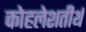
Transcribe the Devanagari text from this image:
कोहलेशतीर्थ